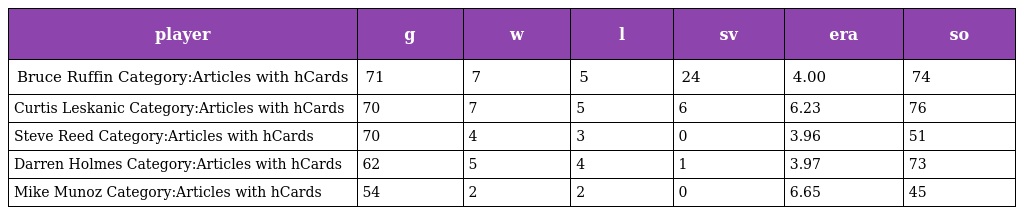
| player | g | w | l | sv | era | so |
 | --- | --- | --- | --- | --- | --- | --- |
 | Bruce Ruffin Category:Articles with hCards | 71 | 7 | 5 | 24 | 4.00 | 74 |
 | Curtis Leskanic Category:Articles with hCards | 70 | 7 | 5 | 6 | 6.23 | 76 |
 | Steve Reed Category:Articles with hCards | 70 | 4 | 3 | 0 | 3.96 | 51 |
 | Darren Holmes Category:Articles with hCards | 62 | 5 | 4 | 1 | 3.97 | 73 |
 | Mike Munoz Category:Articles with hCards | 54 | 2 | 2 | 0 | 6.65 | 45 |